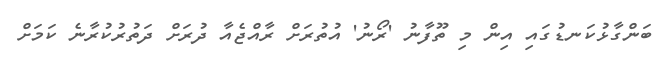
ބަންގާޅުކަނޑުގައި އިން މި ތޫފާނު 'ރޯނު' އުތުރަށް ރާއްޖެއާ ދުރަށް ދަތުރުކުރާނެ ކަމަށް